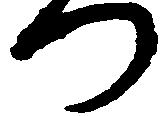
つ